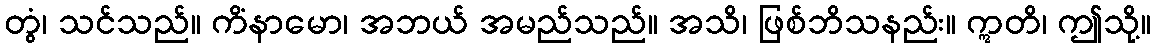
တွံ၊ သင်သည်။ ကိံနာမော၊ အဘယ် အမည်သည်။ အသိ၊ ဖြစ်ဘိသနည်း။ ဣတိ၊ ဤသို့။